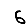
Digit: 6